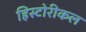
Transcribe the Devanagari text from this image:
हिस्टोरीकल